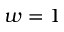
w = 1